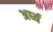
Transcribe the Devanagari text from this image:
अर्घ्य